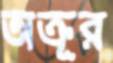
অক্রূর